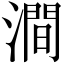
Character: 澗